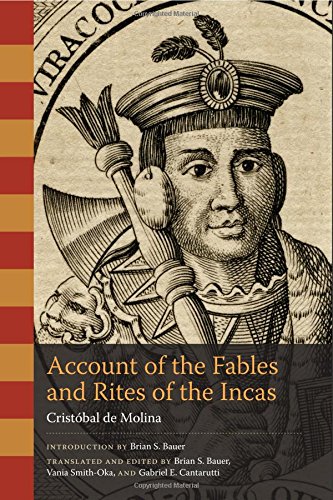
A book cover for Account of the Fables and Rites of the Incas (William and Bettye Nowlin Series in Art, History, and Cultur); CristÃ³bal de Molina; History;